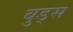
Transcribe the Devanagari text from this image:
बुड्स